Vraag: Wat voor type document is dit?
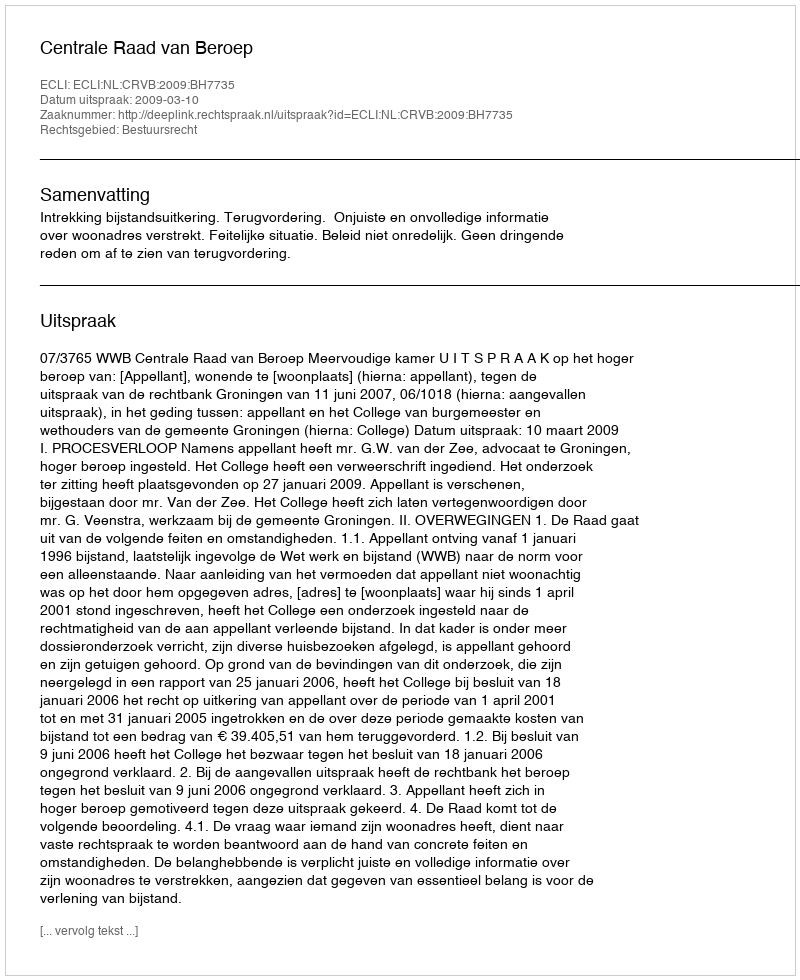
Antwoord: Uitspraak